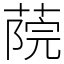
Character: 𦶤